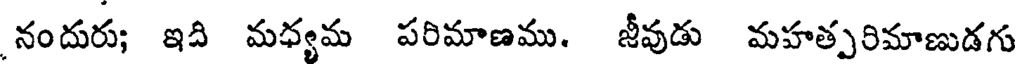
నందురు; ఇది మధ్యమ పరిమాణము. జీవుడు మహత్పరిమాణుడగు